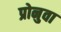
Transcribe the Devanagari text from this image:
प्रोनुवा